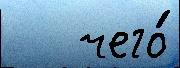
   чего́